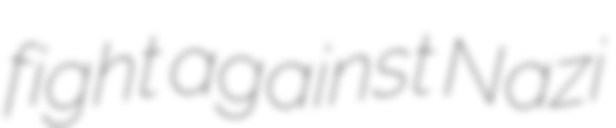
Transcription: fight against Nazi